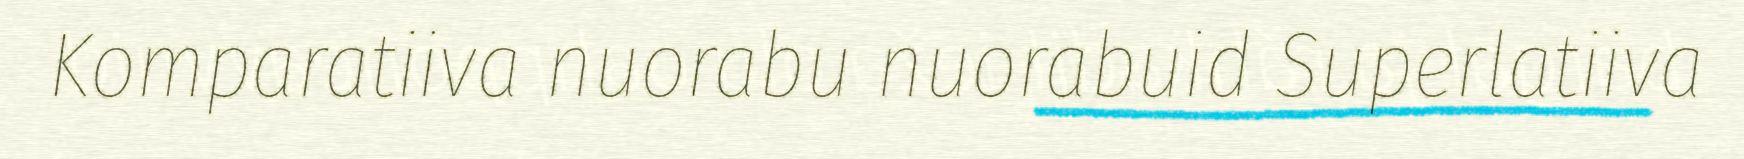
Komparatiiva nuorabu nuorabuid Superlatiiva